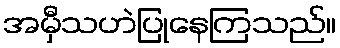
အမှီသဟဲပြုနေကြသည်။